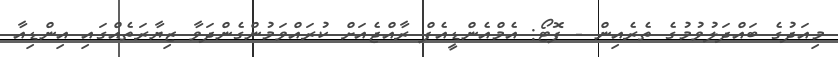
މިއަދުގެ ބައްދަލުވުމުގެ ތެރެއިން - ފޮޓޯ: އެމްއެންޑީއެފް ރާއްޖެއަށް ކުރައްވަމުންގެންދަވާ ޒިޔާރަތެއްގައި އިންޑިއާ